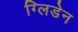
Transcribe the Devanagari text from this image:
ग्लिडेन